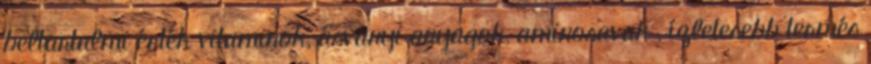
beltartalmi érték vitaminok, ásványi anyagok, aminosavak , ízletesebb termés